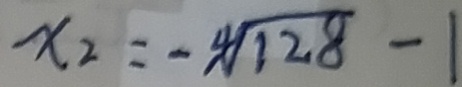
x _ { 2 } = ^ { 4 } \sqrt { 1 2 8 } - 1